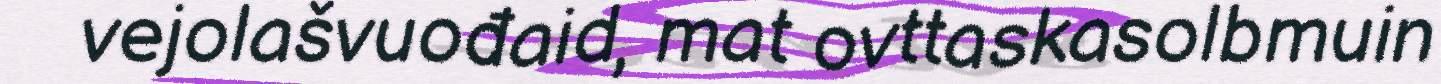
vejolašvuođaid, mat ovttaskasolbmuin